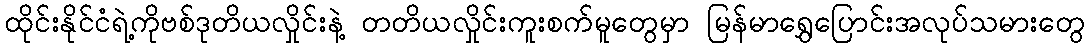
ထိုင်းနိုင်ငံရဲ့ကိုဗစ်ဒုတိယလှိုင်းနဲ့ တတိယလှိုင်းကူးစက်မူတွေမှာ မြန်မာရွှေပြောင်းအလုပ်သမားတွေ